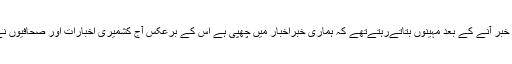
کنفلیکٹ زون میں امورصحافت بارےمشتاق منہاس کا کہناتھاکہ ایک وقت تھاجب لوگ خبر آنے کے بعد مہینوں بتاتےرہتےتهے کہ ہماری خبراخبار میں چهپی ہے اس کے برعکس آج کشمیری اخبارات اور صحافیوں نےنامساعدحالات میں لوگوں کو زبان دی ہے.ہرروز ہمارے لوگوں کی خبریں لگتی ہیں۔